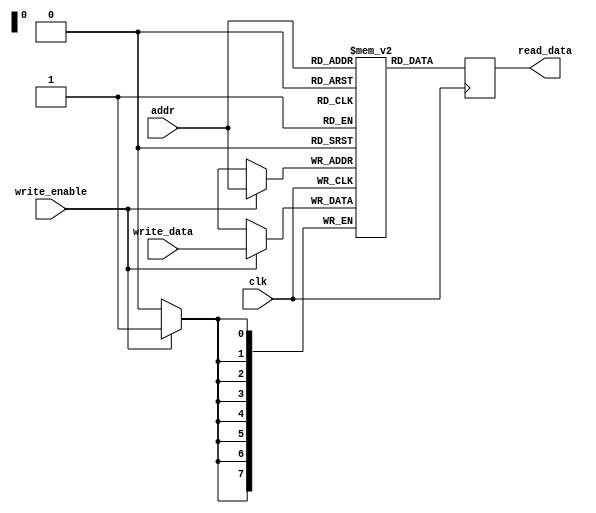
module Register_File (
    input wire clk,
    input wire [7:0] addr,
    input wire write_enable,
    input wire [7:0] write_data,
    output reg [7:0] read_data
);

reg [7:0] memory [0:255];

always @(posedge clk) begin
    if (write_enable) begin
        memory[addr] <= write_data;
    end
    read_data <= memory[addr];
end

endmodule